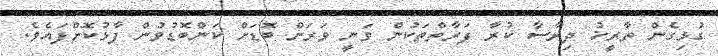
ގުޅިގެން ތާރީޚު ދިރާސާ ކުރާ ފަރާތްތަކުން ވަނީ ވަރަށް ބޮޑަށް ކަންބޮޑުވުން ފާޅުކޮށްފައެވެ.